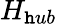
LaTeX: H_{\mathtt{h}ub}